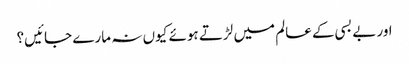
اور بے بسی کے عالم میں لڑتے ہوئے کیوں نہ مارے جائیں؟